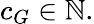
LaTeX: c_{G}\in\mathbb{N}.